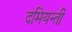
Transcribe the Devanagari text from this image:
दमियन्ती